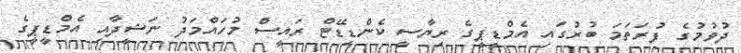
ދުވުމުގެ ފުރަތަމަ ބުރުގައި އެމްޑީޕީގެ ރިޔާސީ ކެންޑިޑޭޓް ރައީސް މުހައްމަދު ނަޝީދާއި އެމްޑީޕީގެ